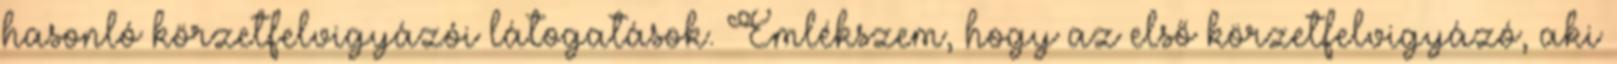
hasonló körzetfelvigyázói látogatások. Emlékszem, hogy az első körzetfelvigyázó, aki